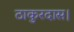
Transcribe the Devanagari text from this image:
ठाकुरदास।